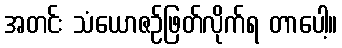
အတင်း သံယောဇဉ်ဖြတ်လိုက်ရ တာပေါ့။